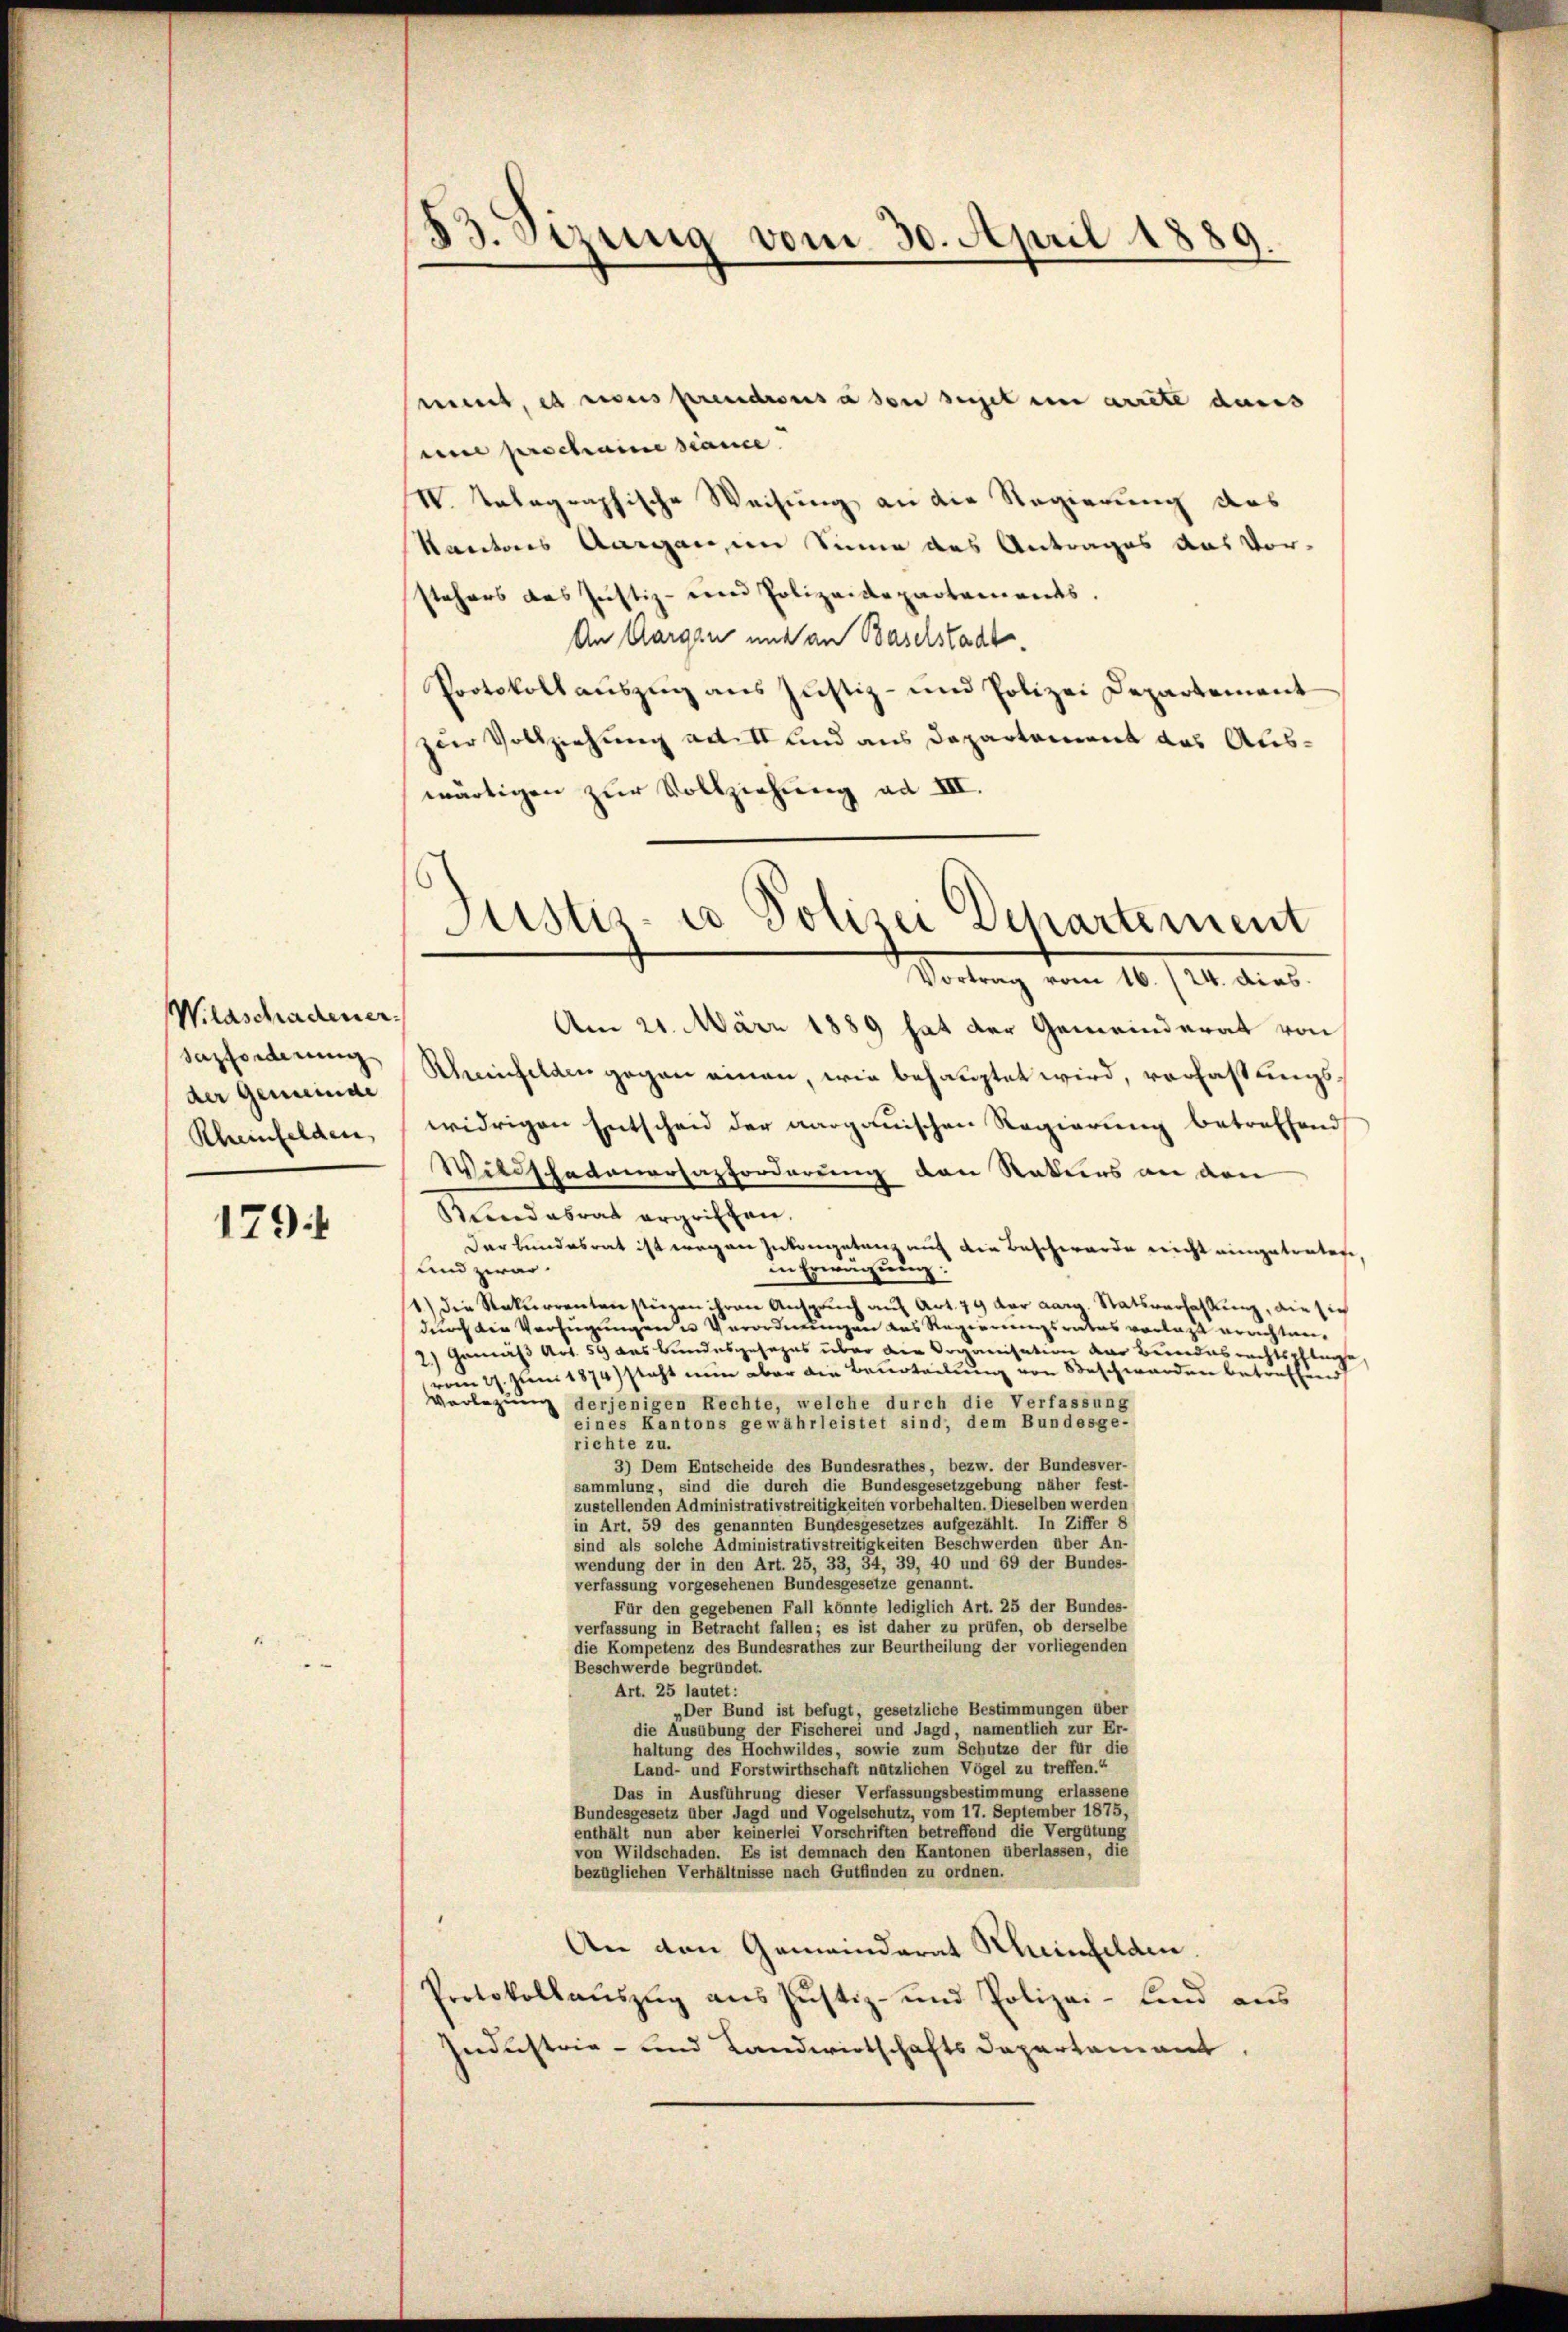
Wildschadener.
sazforderung
der Gemeinde
Rheinfelden,

179

s
83. Sitzung vom 30. April 18.
2

met, es ricus prendrousa den seiget en arrête dans
mi proctraine scance
VV. tatagraphische Weisung an die Regierung des
Kantons Aargau im Sinne des Antrages aus Vor-
stehers das Justiz- eine Polizeidepartements.
An Aargau und an Baselstadt
Protokollauszug aus Justiz- und Polizei Departement
zur Vollziehung aber und aus Departement das Auswärtigen zur Vollziehung ad III.

Vortrag vom 16. (24. dies.
Am 21. März 1889 hat der Gemeinderat von
Schmeichelden gegen einen, wie behauptet wird, verfassungswidrigen Entscheid der aargauischen Regierung betreffend
Wildschattenersazforderung den Rekurs an den
Bendasrat ergriffen.
Darbundesrat ist wegen Zukongetanz auf die Beschwerde nicht eingetreten
in Erwägung:
und zwar
1) die Rekurrentenstüzen ihren Anspruch auf Art. 79 der aara Statsverhaltung, die sich
durch die Verfügungene Verordnungen das Regierungsrathes vorlass errichten-
2.) Gemäß Art. 59 das Bundesgesezes über die Organisation der Bundesrechtspflege,
vom 27. Juni 1874) steht nun aber die Beurteilung von Beschwerden betreffend
Vorlegung
derjenigen Rechte, welche durch die Verfassung
eines Kantons gewährleistet sind, dem Bundesge-
richte zu.
3) Dem Entscheide des Bundesrathes, bezw. der Bundesver-
sammlung, sind die durch die Bundesgesetzgebung näher fest-
zustellenden Administrativstreitigkeiten vorbehalten. Dieselben werden
in Art. 59 des genannten Bundesgesetzes aufgezählt. In Ziffer 8
sind als solche Administrativstreitigkeiten Beschwerden über An-
wendung der in den Art. 25, 33, 34, 39, 40 und 69 der Bundes-
verfassung vorgesehenen Bundesgesetze genannt.
Für den gegebenen Fall könnte lediglich Art. 25 der Bundes-
verfassung in Betracht fallen; es ist daher zu prüfen, ob derselbe
die Kompetenz des Bundesrathes zur Beurtheilung der vorliegenden
Beschwerde begründet.
Art. 25 lautet:
„Der Bund ist befugt, gesetzliche Bestimmungen über
die Ausübung der Fischerei und Jagd, namentlich zur Er-
haltung des Hochwildes, sowie zum Schutze der für die
Land- und Forstwirthschaft nützlichen Vögel zu treffen.“
Das in Ausführung dieser Verfassungsbestimmung erlassene
Bundesgesetz über Jagd und Vogelschutz, vom 17. September 1875,
enthält nun aber keinerlei Vorschriften betreffend die Vergütung
von Wildschaden. Es ist demnach den Kantonen überlassen, die
bezüglichen Verhältnisse nach Gutfinden zu ordnen.
An den Gemeinderat Scheinfelden.
Protokollauszug aus Justiz- und Polizei-Kind aus
Industrie- und Landwirtschafts Departement,

Sistisco Polizei Departement